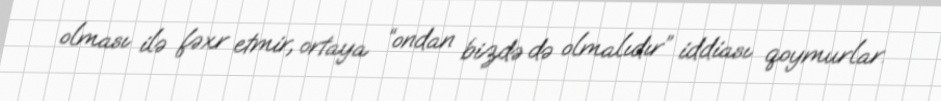
olması ilə fəxr etmir, ortaya “ondan bizdə də olmalıdır” iddiası qoymurlar.